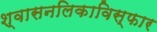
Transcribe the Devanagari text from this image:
श्वासनलिकाविस्फार